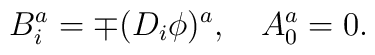
B^a_i=\mp (D_i\phi)^a, \ \ \  A_0^a=0.